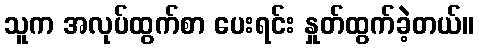
သူက အလုပ်ထွက်စာ ပေးရင်း နှုတ်ထွက်ခဲ့တယ်။